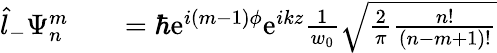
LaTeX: \begin{array}{rlr}{\hat{l}_{-}\Psi_{n}^{m}}&{{}}&{=\hbar\mathrm{e}^{i(m-1)\phi}\mathrm{e}^{ikz}\frac{1}{w_{0}}\sqrt{\frac{2}{\pi}\frac{n!}{(n-m+1)!}}}\end{array}